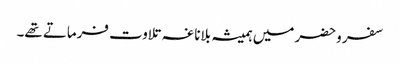
سفر وحضر میں ہمیشہ بلاناغہ تلاوت فرماتے تھے۔